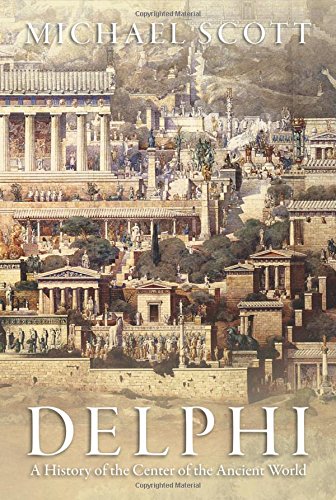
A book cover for Delphi: A History of the Center of the Ancient World; Michael Scott; History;